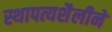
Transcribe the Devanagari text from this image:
स्थापत्यशैलीने